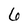
Character: 6